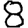
Digit: 8